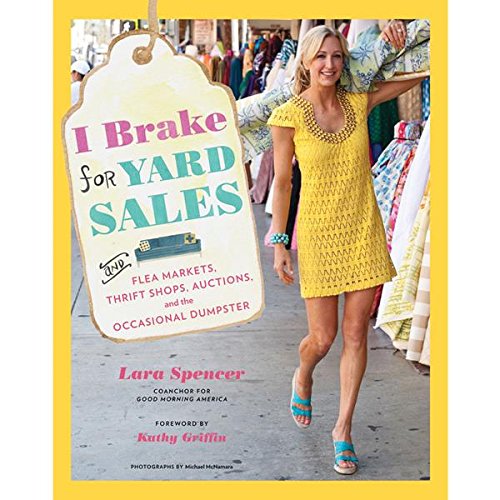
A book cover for I Brake for Yard Sales: and Flea Markets, Thrift Shops, Auctions, and the Occasional Dumpster; Lara Spencer; Business & Money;